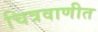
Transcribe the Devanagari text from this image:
चित्रवाणीत